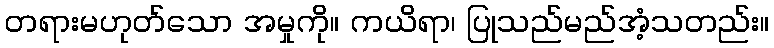
တရားမဟုတ်သော အမှုကို။ ကယိရာ၊ ပြုသည်မည်အံ့သတည်း။